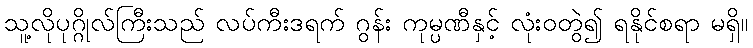
သူ့လိုပုဂ္ဂိုလ်ကြီးသည် လပ်ကီးဒရက် ဂွန်း ကုမ္ပဏီနှင့် လုံးဝတွဲ၍ ရနိုင်စရာ မရှိ။